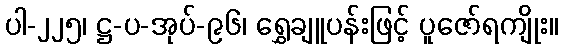
ပါ-၂၂၅၊ ဋ္ဌ-ပ-အုပ်-၉၆၊ ရွှေချူပန်းဖြင့် ပူဇော်ရကျိုး။